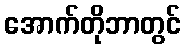
အောက်တိုဘာတွင်